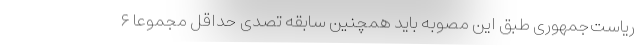
ریاست‌جمهوری طبق این مصوبه باید همچنین سابقه تصدی حداقل مجموعاً ۶